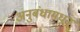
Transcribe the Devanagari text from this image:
अनुबंधामधून